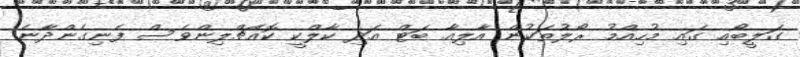
ގަލީބޯއި ގައި މުހިއްމު ރޯލުތަކުން އާލިއާ ބަޓް އަދި ކާލްކީ ކޮއެޗްލިންވެސް ފެނިގެންދާނެ